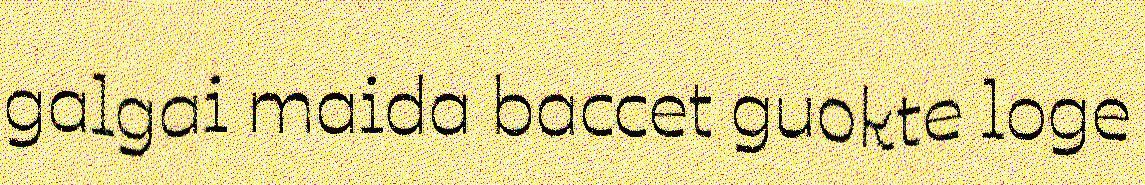
galgai maida baccet guokte loge